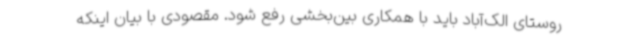
روستای الک‌آباد باید با همکاری بین‌بخشی رفع شود. مقصودی با بیان اینکه